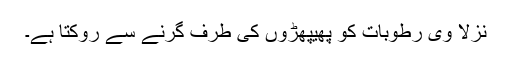
نزلا وی رطوبات کو پھیپھڑوں کی طرف گرنے سے روکتا ہے۔